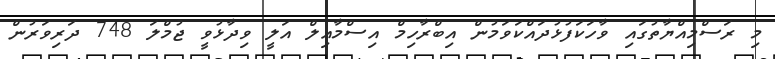
މި ރަސްމިއްޔާތުގައި ވާހަކަފުޅުދައްކަވަމުން އިބްރާހިމް އިސްމާއިލް އަލީ ވިދާޅުވީ ޖުމްލަ 748 ދަރިވަރުން